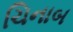
ચિનાબ